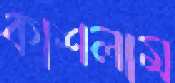
কাশলাম